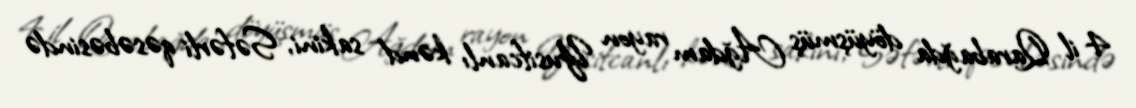
4 il Qarabağda döyüşmüş Ağdam rayon Yusifcanlı kənd sakini, Səfərli qəsəbəsində